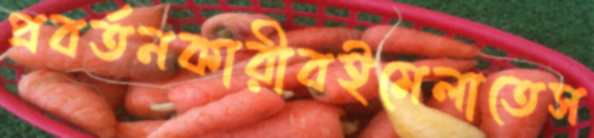
প্রবর্তনকারীবইমেলাতেস